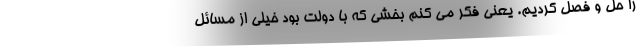
را حل و فصل کردیم. یعنی فکر می کنم بخشی که با دولت بود خیلی از مسائل